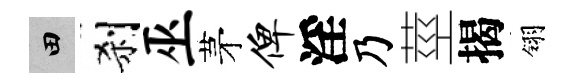
田刹巫茅俾淫乃莖揭翎